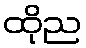
ထိုည